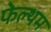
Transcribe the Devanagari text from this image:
फेल्थम